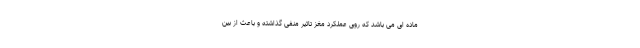
ماده ای می باشد که روی عملکرد مغز تاثیر منفی گذاشته و باعث از بین